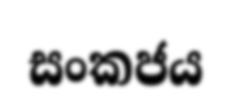
සංකජය